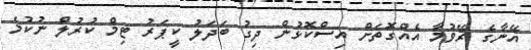
އޭނާގެ ރޭވުމާ އެއްގޮތަށް އިސްކޮޅުން ދިގު ބަދަލު ކީޕަރު ޓިމް ކުރުލް ނުކުމެ